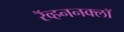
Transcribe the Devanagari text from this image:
रॅव्हननक्लॉ